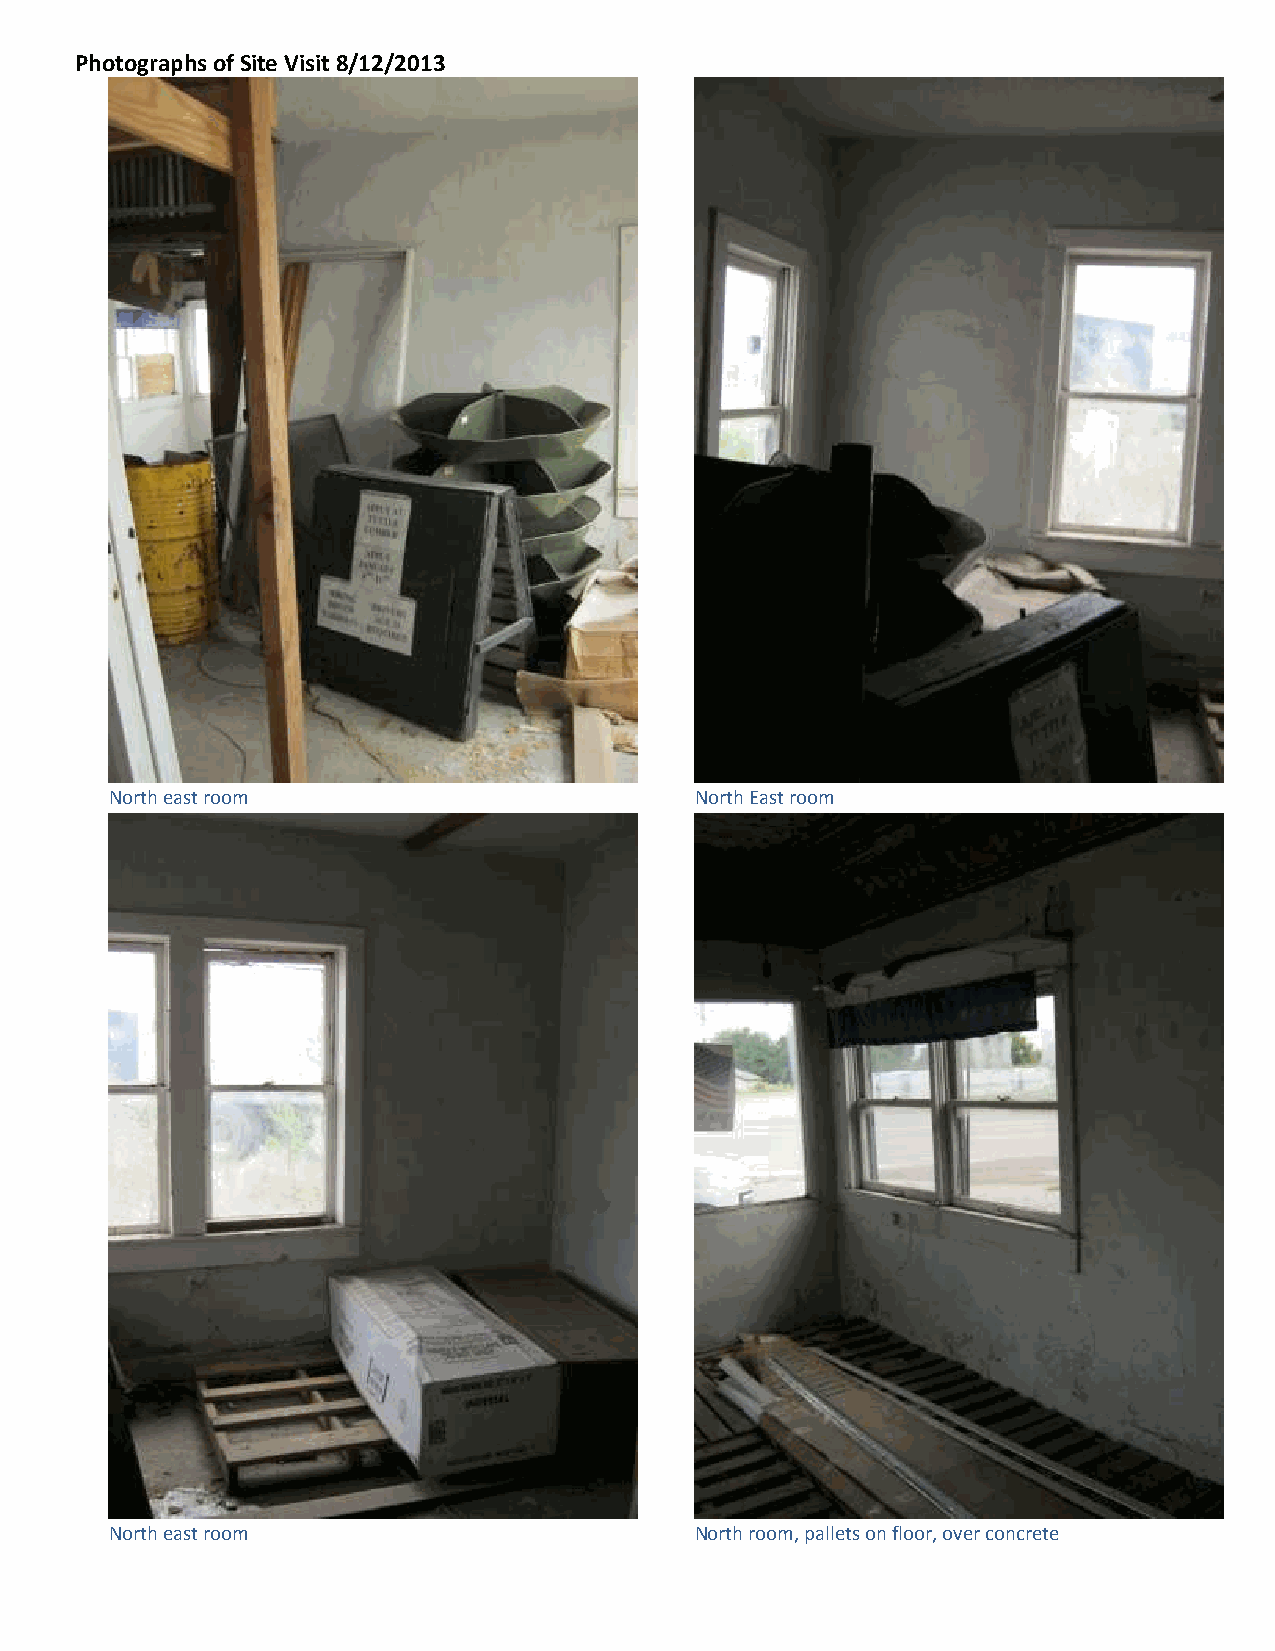
Photographs of Site Visit 8/12/2013
 North east room                        North East room
 North east room                        North room, pallets on floor, over concrete